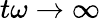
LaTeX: t\omega\rightarrow\infty